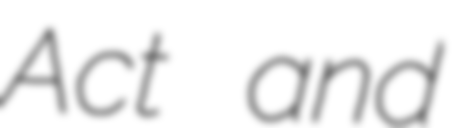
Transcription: Act and